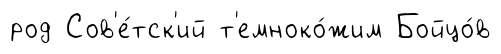
род Сов'е́тск'ий т'емноко́жим Бойцо́в